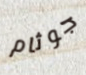
جوثام